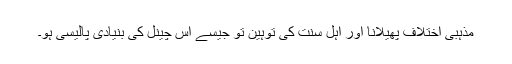
مذہبی اختلاف پھیلانا اور اہل سنت کی توہین تو جیسے اس چینل کی بنیادی پالیسی ہو۔